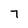
Character: 7